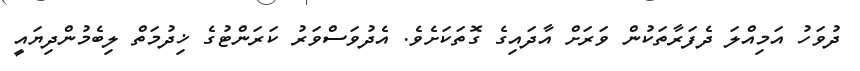
ދުވަހު އަމިއްލަ ދެފަރާތަކުން ވަރަށް އާދައިގެ ގޮތަކަށެވެ. އެދުވަސްވަރު ކަރަންޓުގެ ޚިދުމަތް ލިބެމުންދިޔައީ